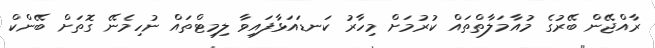
ރާއްޖޭން ބޭރުގެ މުއާމަލާތްތައް ކުރުމަށް މިހާރު ކަނޑައަޅާފައިވާ ލިމިޓްތައް ނުހިމެނޭ ގޮތަށް ބޭންކް